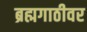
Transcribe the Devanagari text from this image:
ब्रह्मगाठीवर